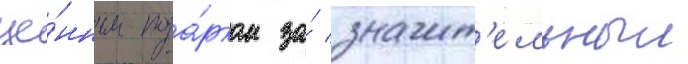
це́нным пода́рком за́ значит'ельныи